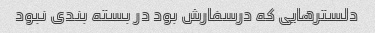
دلسترهایی که درسفارش بود در بسته بندی نبود